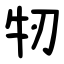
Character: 牣